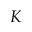
K